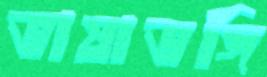
ভাষাভঙ্গি